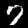
Digit: 7